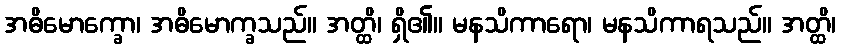
အဓိမောက္ခော၊ အဓိမောက္ခသည်။ အတ္ထိ၊ ရှိ၏။ မနသိကာရော၊ မနသိကာရသည်။ အတ္ထိ၊